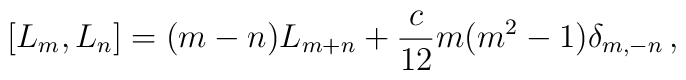
[L_m,L_n]=(m-n)L_{m+n}+{c\over 12}m(m^2-1)\delta_{m,-n}\,,